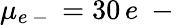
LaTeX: \mu_{e\mathrm{~-~}}=30\, e\mathrm{~-~}